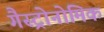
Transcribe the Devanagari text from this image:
गैस्ट्रोनोमिक